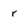
Character: r